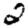
Digit: 2